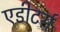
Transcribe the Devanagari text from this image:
एडीटर्स